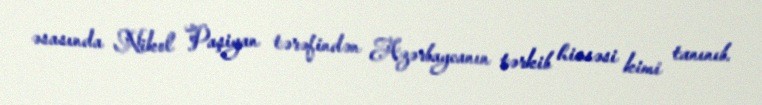
əsasında Nikol Paşiyan tərəfindən Azərbaycanın tərkib hissəsi kimi tanınıb.